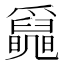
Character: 𤕄